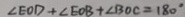
\angle E O D + \angle E O B + \angle B O C = 1 8 0 ^ { \circ }